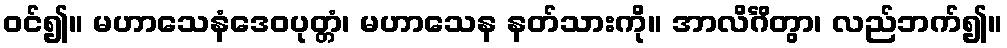
ဝင်၍။ မဟာသေနံဒေဝပုတ္တံ၊ မဟာသေန နတ်သားကို။ အာလိင်္ဂိတွာ၊ လည်ဘက်၍။